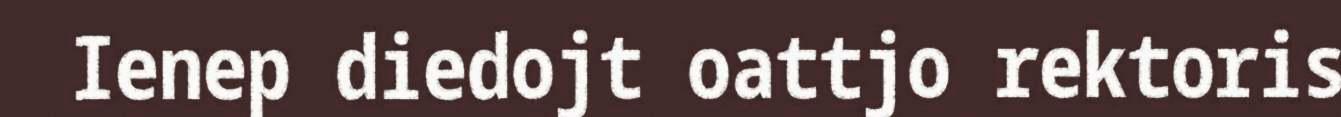
Ienep diedojt oattjo rektoris